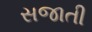
સજાતી